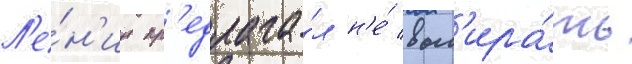
Л'е́н'ин пр'едлага́л н'е́ выб'ира́ть